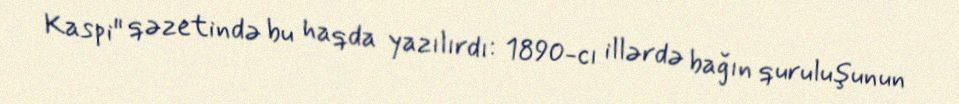
Kaspi" qəzetində bu haqda yazılırdı: 1890-cı illərdə bağın quruluşunun